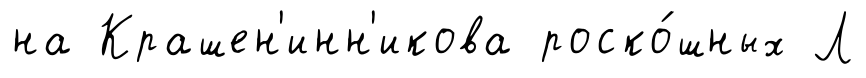
на Крашен'инн'икова роско́шных Л